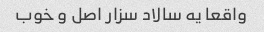
واقعا یه سالاد سزار اصل و خوب